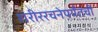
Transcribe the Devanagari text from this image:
शरीररचनेपर्यंतची